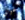
لحوالي